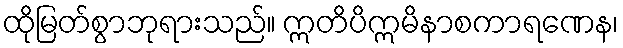
ထိုမြတ်စွာဘုရားသည်။ ဣတိပိဣမိနာစကာရဏေန၊